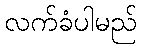
လက်ခံပါမည်